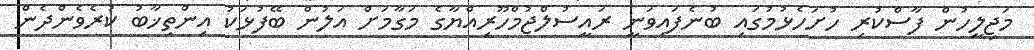
މަޖިލީހުން ފާސްކުރި ހުށަހެޅުމުގައި ބުނެފައިވަނީ ރައީސުލްޖުމްހޫރިއްޔާގެ މަގާމަށް އަލުން ބޭފުޅަކު އިންތިޚާބު ކުރެވެންދެން